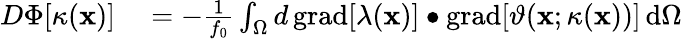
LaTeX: \begin{array}{rl}{D\Phi[\kappa(\mathbf{x})]}&{{}=-\frac{1}{f_{0}}\int_{\Omega}d\, \mathrm{grad}[\lambda(\mathbf{x})]\bullet\mathrm{grad}[\vartheta(\mathbf{x};\kappa(\mathbf{x}))]\, \mathrm{d}\Omega}\end{array}